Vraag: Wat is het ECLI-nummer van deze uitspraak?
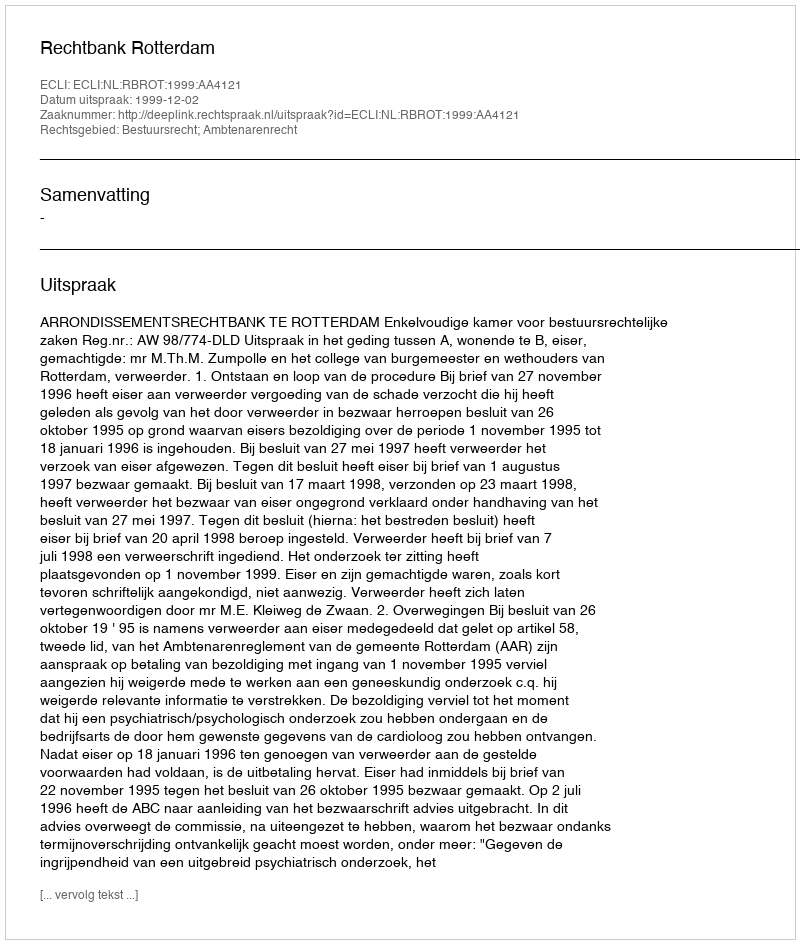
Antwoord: ECLI:NL:RBROT:1999:AA4121